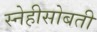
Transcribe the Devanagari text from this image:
स्नेहीसोबती